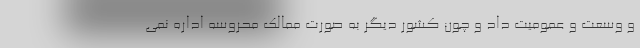
و وسعت و عمومیت داد و چون کشور دیگر به صورت ممالک محروسه اداره نمی